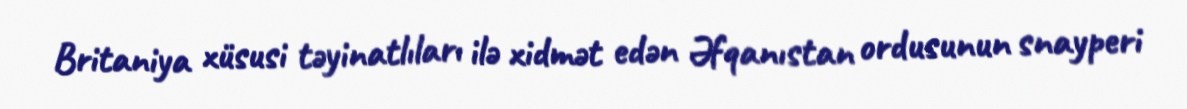
Britaniya xüsusi təyinatlıları ilə xidmət edən Əfqanıstan ordusunun snayperi